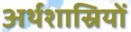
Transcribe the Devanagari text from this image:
अर्थशास्रियों